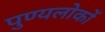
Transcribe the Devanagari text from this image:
पुण्यलोकों